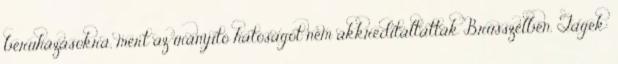
beruházásokra, mert az irányító hatóságot nem akkreditáltatták Brüsszelben. Tagek: